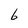
Character: b